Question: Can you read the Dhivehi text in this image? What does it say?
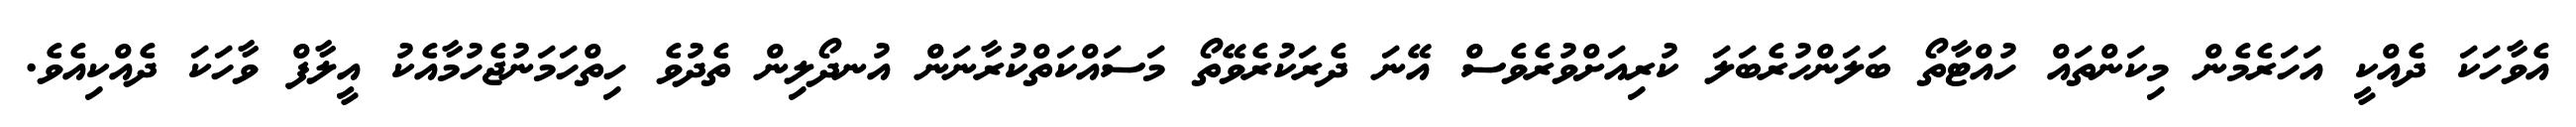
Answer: އެވާހަކަ ދެއްކީ އަހަރެމެން މިކަންތައް ހުއްޓާތޯ ބަލަންހުރެބަލަ ކުރިއަށްވުރެވެސް އޭނަ ދެރަކުރެވޭތޯ މަސައްކަތްކުރާނަން އުނދޯލިން ތެދުވެ ހިތްހަމަނުޖެހުމާއެކު އީލާފް ވާހަކަ ދެއްކިއެވެ.